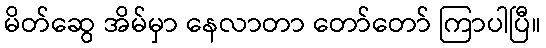
မိတ်ဆွေ အိမ်မှာ နေလာတာ တော်တော် ကြာပါပြီ။